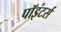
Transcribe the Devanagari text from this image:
पॉइंटर्स